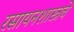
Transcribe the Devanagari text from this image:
रसायनशास्त्रचे